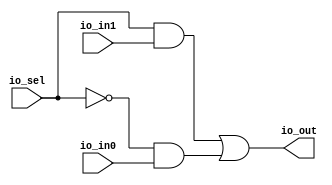
module Mux2( // @[:@3.2]
  input   io_sel, // @[:@6.4]
  input   io_in0, // @[:@6.4]
  input   io_in1, // @[:@6.4]
  output  io_out // @[:@6.4]
);
  wire  _T_13; // @[Mux4.scala 15:21:@8.4]
  wire  _T_14; // @[Mux4.scala 15:34:@9.4]
  wire  _T_15; // @[Mux4.scala 15:42:@10.4]
  assign _T_13 = io_sel & io_in1; // @[Mux4.scala 15:21:@8.4]
  assign _T_14 = ~ io_sel; // @[Mux4.scala 15:34:@9.4]
  assign _T_15 = _T_14 & io_in0; // @[Mux4.scala 15:42:@10.4]
  assign io_out = _T_13 | _T_15; // @[Mux4.scala 15:10:@12.4]
endmodule
module Mux4( // @[:@36.2]
  input        clock, // @[:@37.4]
  input        reset, // @[:@38.4]
  input        io_in0, // @[:@39.4]
  input        io_in1, // @[:@39.4]
  input        io_in2, // @[:@39.4]
  input        io_in3, // @[:@39.4]
  input  [1:0] io_sel, // @[:@39.4]
  output       io_out // @[:@39.4]
);
  wire  m0_io_sel; // @[Mux4.scala 33:18:@41.4]
  wire  m0_io_in0; // @[Mux4.scala 33:18:@41.4]
  wire  m0_io_in1; // @[Mux4.scala 33:18:@41.4]
  wire  m0_io_out; // @[Mux4.scala 33:18:@41.4]
  wire  m1_io_sel; // @[Mux4.scala 38:18:@48.4]
  wire  m1_io_in0; // @[Mux4.scala 38:18:@48.4]
  wire  m1_io_in1; // @[Mux4.scala 38:18:@48.4]
  wire  m1_io_out; // @[Mux4.scala 38:18:@48.4]
  wire  m2_io_sel; // @[Mux4.scala 43:18:@55.4]
  wire  m2_io_in0; // @[Mux4.scala 43:18:@55.4]
  wire  m2_io_in1; // @[Mux4.scala 43:18:@55.4]
  wire  m2_io_out; // @[Mux4.scala 43:18:@55.4]
  Mux2 m0 ( // @[Mux4.scala 33:18:@41.4]
    .io_sel(m0_io_sel),
    .io_in0(m0_io_in0),
    .io_in1(m0_io_in1),
    .io_out(m0_io_out)
  );
  Mux2 m1 ( // @[Mux4.scala 38:18:@48.4]
    .io_sel(m1_io_sel),
    .io_in0(m1_io_in0),
    .io_in1(m1_io_in1),
    .io_out(m1_io_out)
  );
  Mux2 m2 ( // @[Mux4.scala 43:18:@55.4]
    .io_sel(m2_io_sel),
    .io_in0(m2_io_in0),
    .io_in1(m2_io_in1),
    .io_out(m2_io_out)
  );
  assign io_out = m2_io_out; // @[Mux4.scala 48:10:@62.4]
  assign m0_io_sel = io_sel[0]; // @[Mux4.scala 34:13:@45.4]
  assign m0_io_in0 = io_in0; // @[Mux4.scala 35:13:@46.4]
  assign m0_io_in1 = io_in1; // @[Mux4.scala 36:13:@47.4]
  assign m1_io_sel = io_sel[0]; // @[Mux4.scala 39:13:@52.4]
  assign m1_io_in0 = io_in2; // @[Mux4.scala 40:13:@53.4]
  assign m1_io_in1 = io_in3; // @[Mux4.scala 41:13:@54.4]
  assign m2_io_sel = io_sel[1]; // @[Mux4.scala 44:13:@59.4]
  assign m2_io_in0 = m0_io_out; // @[Mux4.scala 45:13:@60.4]
  assign m2_io_in1 = m1_io_out; // @[Mux4.scala 46:13:@61.4]
endmodule